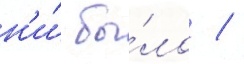
н'и́ бы́ло /